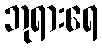
ဘုရားရေ